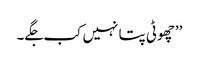
’’چھوٹی پتا نہیں کب جگے۔